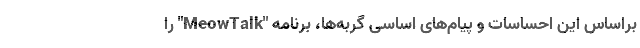
براساس این احساسات و پیام‌های اساسی گربه‌ها، برنامه "MeowTalk" را